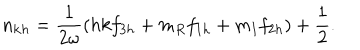
n _ { \mathbf { k } h } = \frac { 1 } { 2 \omega } \left( h { k } f _ { 3 h } + m _ { R } f _ { 1 h } + m _ { I } f _ { 2 h } \right) + \frac { 1 } { 2 } .